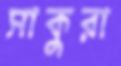
সাকুরা